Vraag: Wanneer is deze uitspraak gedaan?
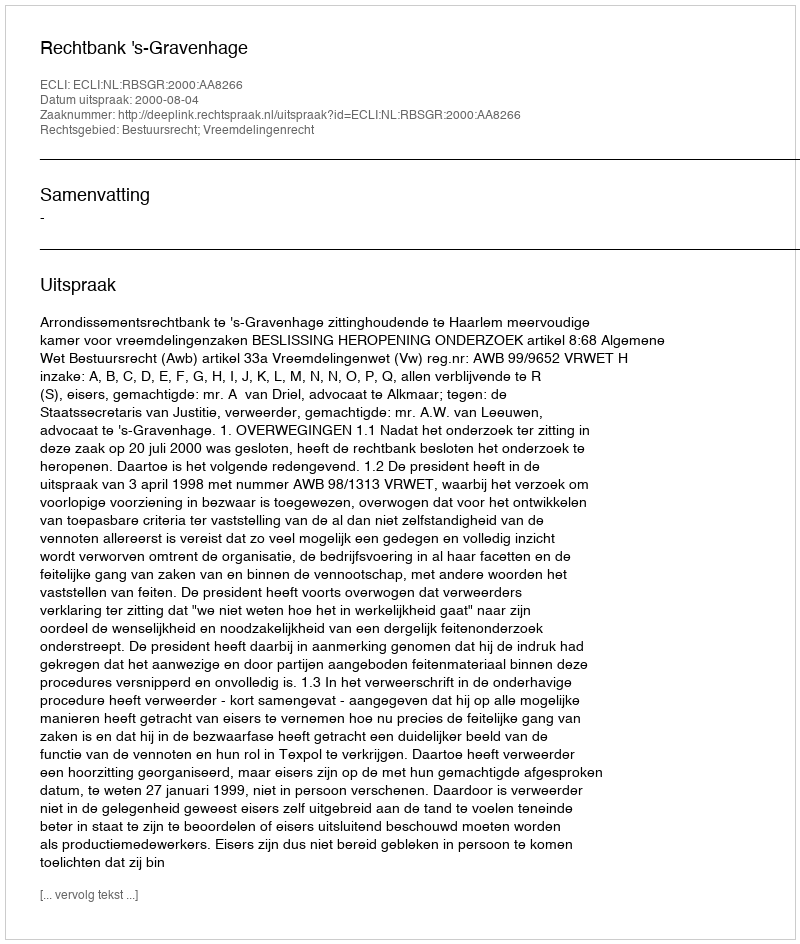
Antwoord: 2000-08-04